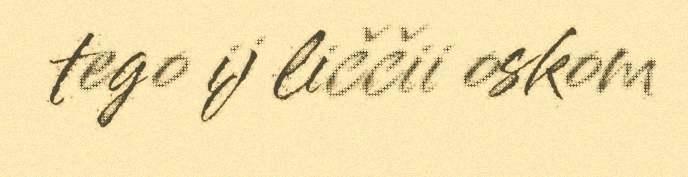
tego ij liččii oskom